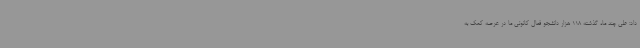
داد: طی چند ماه گذشته 118 هزار دانشجو فعال کانونی ما در عرصه کمک به